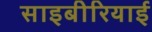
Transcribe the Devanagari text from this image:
साइबीरियाई